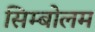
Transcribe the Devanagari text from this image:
सिम्बोलम